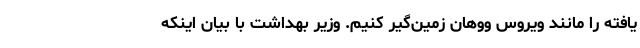
یافته را مانند ویروس ووهان زمین‌گیر کنیم. وزیر بهداشت با بیان اینکه